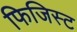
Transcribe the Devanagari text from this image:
फिजिस्ट